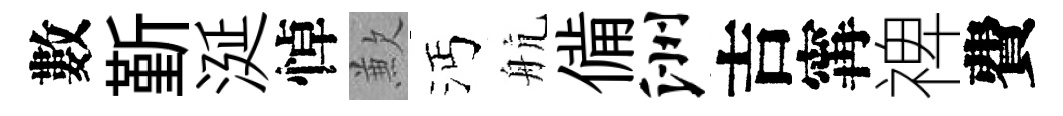
數斳涎悼歉沔航備洲吉𡩋禆費